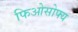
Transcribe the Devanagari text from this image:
फिओसोफ्य